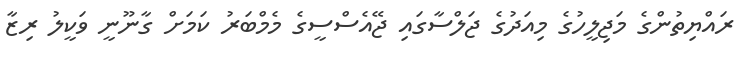
ރައްޔިތުންގެ މަޖިލީހުގެ މިއަދުގެ ޖަލްސާގައި ޖޭއެސްސީގެ މެމްބަރު ކަމަށް ގާނޫނީ ވަކީލު ރިޒާ